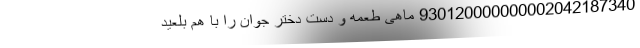
930120000000002042187340 ماهی طعمه و دست دختر جوان را با هم بلعید